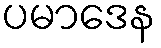
ပမာဒေန